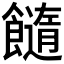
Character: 𩟆